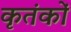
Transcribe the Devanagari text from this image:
कृतंकों